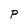
Character: P